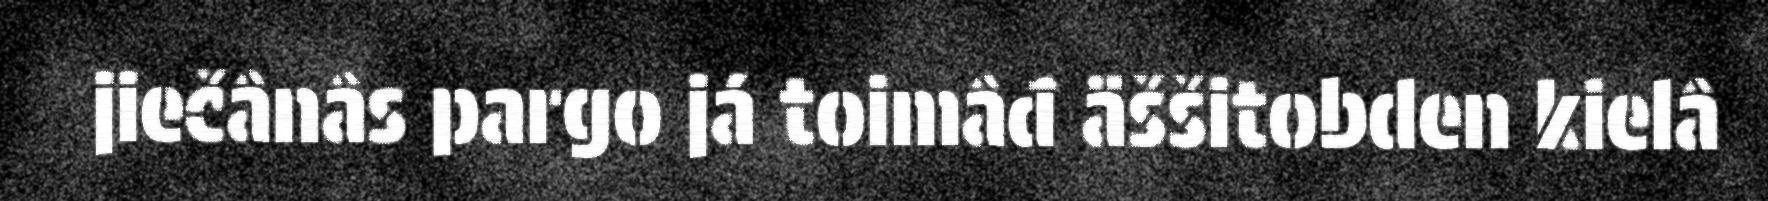
jiečânâs pargo já toimâđ äššitobden kielâ